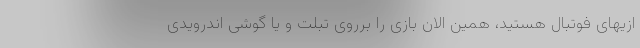
ازیهای فوتبال هستید، همین الان بازی را برروی تبلت و یا گوشی اندرویدی